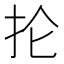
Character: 抡